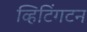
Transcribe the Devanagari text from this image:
व्हिटिंगटन